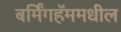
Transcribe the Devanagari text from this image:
बर्मिंगहॅममधील